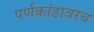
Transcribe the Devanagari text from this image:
पर्णकांडावरच